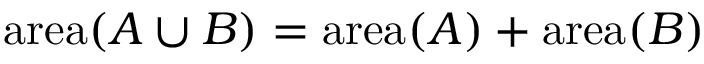
\operatorname { a r e a } ( A \cup B ) = \operatorname { a r e a } ( A ) + \operatorname { a r e a } ( B )